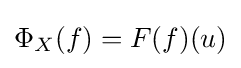
\Phi _{X}(f)=F(f)(u)